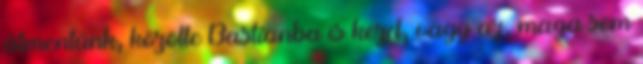
átmentünk, közölte Bastianba is kezd, vagy az, maga sem